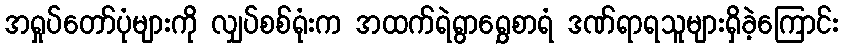
အရှုပ်တော်ပုံများကို လျှပ်စစ်ရုံးက အထက်ရဲရွာရွှေစာရံ ဒဏ်ရာရသူများရှိခဲ့ကြောင်း